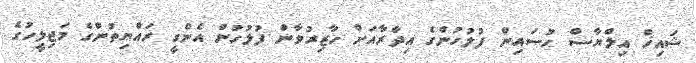
ޝައިޚް އިލްޔާސް ހުސައިން ފުލުހުންގެ އިދާރާއަށް ހާޒިރުވާން ފުލުހުން އެންގީ ރައްޔިތުންގެ މަޖިލީހުގެ